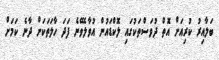
ބަލާއިރު ކުރިއަށް އޮތް ދުވަސްތަކުގައި ލޮކްޑައުން އުވާލެވޭނެ ފަދަ ހާލަތަކަށް ދާނެ ކަމަށް